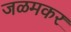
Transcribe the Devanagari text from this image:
जळमकर